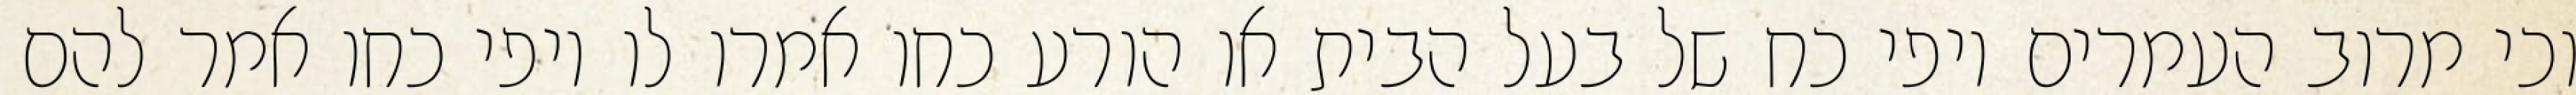
וכי מרוב העמרים יופי כח של בעל הבית או הורע כחו אמרו לו יופי כחו אמר להם